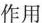
作用